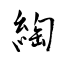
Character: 綯